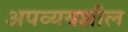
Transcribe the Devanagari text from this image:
अपव्ययशील